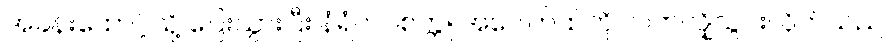
အခန်းထောင့်သို့ ပြေးသွားပြီး နံရံကပ်စက္ကူ အပေါက်ထဲကို လက်လျှိုသွင်းလိုက်သည်။